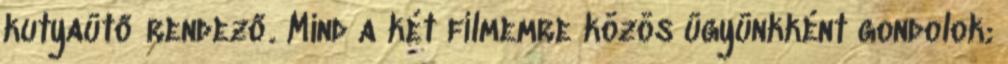
kutyaütő rendező. Mind a két filmemre közös ügyünkként gondolok;